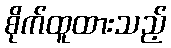
စိုက်ထူထားသည့်